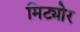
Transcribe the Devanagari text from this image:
मिट्योर